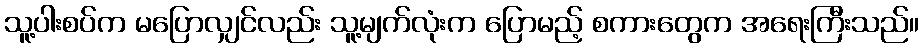
သူ့ပါးစပ်က မပြောလျှင်လည်း သူ့မျက်လုံးက ပြောမည့် စကားတွေက အရေးကြီးသည်။